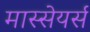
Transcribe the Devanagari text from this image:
मास्सेयर्स